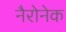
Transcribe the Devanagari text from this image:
नैरोनेक